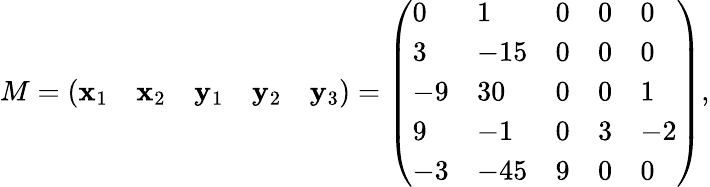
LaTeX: M={\left(\begin{array}{lllll}{\mathbf{x}_{1}}&{\mathbf{x}_{2}}&{\mathbf{y}_{1}}&{\mathbf{y}_{2}}&{\mathbf{y}_{3}}\end{array}\right)}={\left(\begin{array}{lllll}{0}&{1}&{0}&{0}&{0}\\ {3}&{-15}&{0}&{0}&{0}\\ {-9}&{30}&{0}&{0}&{1}\\ {9}&{-1}&{0}&{3}&{-2}\\ {-3}&{-45}&{9}&{0}&{0}\end{array}\right)},